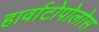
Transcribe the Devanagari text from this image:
हार्वाटोपोलोस